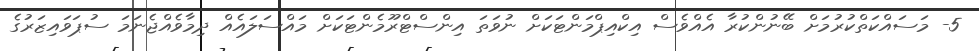
5- މަސައްކަތްކުރުމަށް ބޭނުންކުރާ އެއްވެސް އިކްއިޕްމަންޓަކަށް ނުވަތަ އިންސްޓްރޫމެންޓަކަށް މައްސަލައެއް ދިމާވެއްޖެނަމަ ސުޕަވައިޒަރުގެ